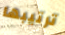
ترتيبها